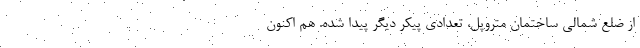
از ضلع شمالی ساختمان متروپل، تعدادی پیکر دیگر پیدا شده. هم اکنون